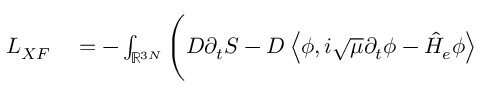
\begin{array} { r l } { L _ { X F } } & { { } = - \int _ { \ensuremath { \mathbb { R } } ^ { 3 N } } \Bigg ( D \partial _ { t } S - D \left\langle \phi , i \sqrt { \mu } \partial _ { t } \phi - \hat { H } _ { e } \phi \right\rangle } \end{array}